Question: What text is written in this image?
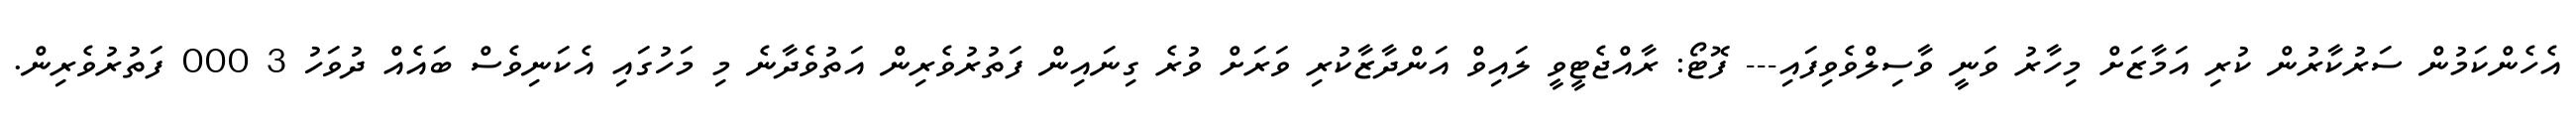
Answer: އެހެންކަމުން ސަރުކާރުން ކުރި އަމާޒަށް މިހާރު ވަނީ ވާސިލްވެވިފައި--- ފޮޓޯ: ރާއްޖެޓީވީ ލައިވް އަންދާޒާކުރި ވަރަށް ވުރެ ގިނައިން ފަތުރުވެރިން އަތުވެދާނެ މި މަހުގައި އެކަނިވެސް ބައެއް ދުވަހު 3 000 ފަތުރުވެރިން.